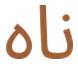
ناه